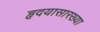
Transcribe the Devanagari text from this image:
हृदयासारख्या